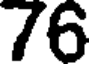
76